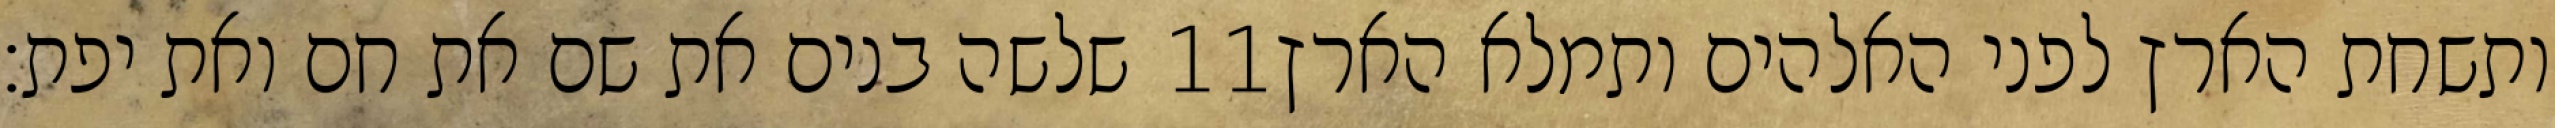
שלשה בנים את שם את חם ואת יפת׃ ‎11‏ ותשחת הארץ לפני האלהים ותמלא הארץ